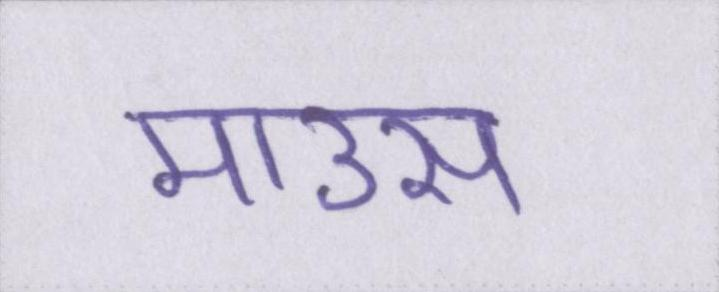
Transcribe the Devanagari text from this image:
माउस